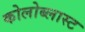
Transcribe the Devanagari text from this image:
कोलोब्लास्ट